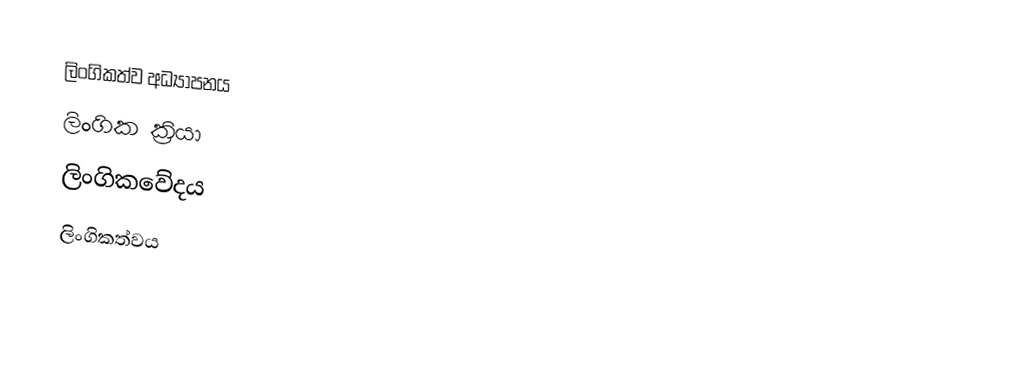
ලිංගිකත්ව අධ්‍යාපනය
ලිංගික ක්‍රියා
ලිංගිකවේදය
ලිංගිකත්වය